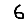
Digit: 6